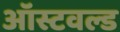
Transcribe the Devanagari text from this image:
ऑस्टवल्ड